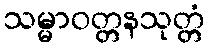
သမ္မာဝတ္တနသုတ္တံ